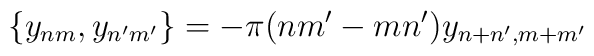
\{y_{nm}, y_{n' m'}\}=-\pi  (nm' -mn') y_{n + n',m + m'}